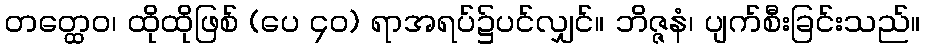
တတ္ထေဝ၊ ထိုထိုဖြစ် (ပေ ၄၀) ရာအရပ်၌ပင်လျှင်။ ဘိဇ္ဇနံ၊ ပျက်စီးခြင်းသည်။